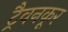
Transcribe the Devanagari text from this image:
ट्रैवनकूर